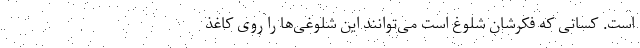
است. کسانی که فکرشان شلوغ است می‌توانند این شلوغی‌ها را روی کاغذ